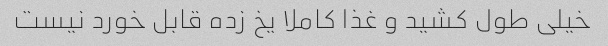
خیلی طول کشید و غذا کاملا یخ زده قابل خورد نیست